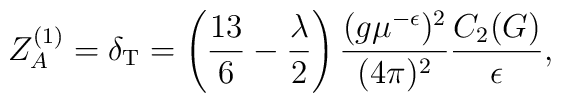
Z_A^{(1)} =\delta_{\rm T}  =\left(\frac{13}6-\frac\lambda2\right)  \frac{(g\mu^{-\epsilon})^2}{(4\pi)^2} \frac{C_2(G)}{\epsilon} ,